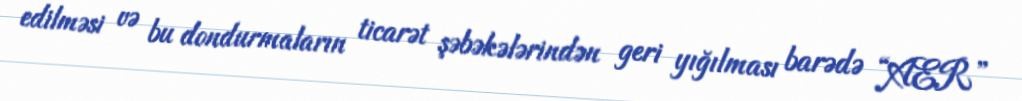
edilməsi və bu dondurmaların ticarət şəbəkələrindən geri yığılması barədə “AER”